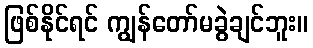
ဖြစ်နိုင်ရင် ကျွန်တော်မခွဲချင်ဘူး။